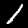
Digit: 1